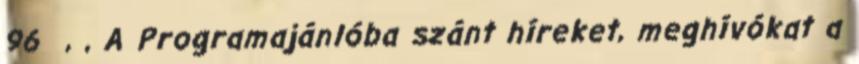
96 , , A Programajánlóba szánt híreket, meghívókat a